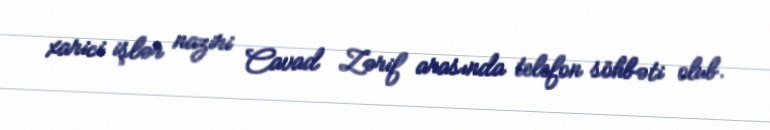
xarici işlər naziri Cavad Zərif arasında telefon söhbəti olub.